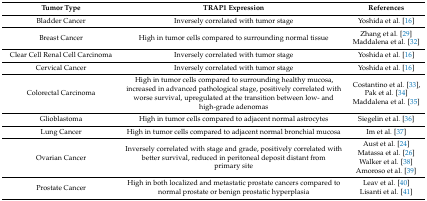
<table><thead><tr><td><b>Tumor Type</b></td><td><b>TRAP1 Expression</b></td><td><b>References</b></td></tr></thead><tbody><tr><td>Bladder Cancer</td><td>Inversely correlated with tumor stage</td><td>Yoshida et al. [16]</td></tr><tr><td>Breast Cancer</td><td>High in tumor cells compared to surrounding normal tissue</td><td>Zhang et al. [29] Maddalena et al. [32]</td></tr><tr><td>Clear Cell Renal Cell Carcinoma</td><td>Inversely correlated with tumor stage</td><td>Yoshida et al. [16]</td></tr><tr><td>Cervical Cancer</td><td>Inversely correlated with tumor stage</td><td>Yoshida et al. [16]</td></tr><tr><td>Colorectal Carcinoma</td><td>High in tumor cells compared to surrounding healthy mucosa, increased in advanced pathological stage, positively correlated with worse survival, upregulated at the transition between low- and high-grade adenomas</td><td>Costantino et al. [33], Pak et al. [34] Maddalena et al. [35]</td></tr><tr><td>Glioblastoma</td><td>High in tumor cells compared to adjacent normal astrocytes</td><td>Siegelin et al. [36]</td></tr><tr><td>Lung Cancer</td><td>High in tumor cells compared to adjacent normal bronchial mucosa</td><td>Im et al. [37]</td></tr><tr><td>Ovarian Cancer</td><td>Inversely correlated with stage and grade, positively correlated with better survival, reduced in peritoneal deposit distant from primary site</td><td>Aust et al. [24] Matassa et al. [26] Walker et al. [38] Amoroso et al. [39]</td></tr><tr><td>Prostate Cancer</td><td>High in both localized and metastatic prostate cancers compared to normal prostate or benign prostatic hyperplasia</td><td>Leav et al. [40] Lisanti et al. [41]</td></tr></tbody></table>